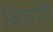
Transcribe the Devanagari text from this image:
विश्वतो